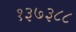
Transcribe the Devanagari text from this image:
१३७३८८